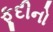
ફૂદીનો